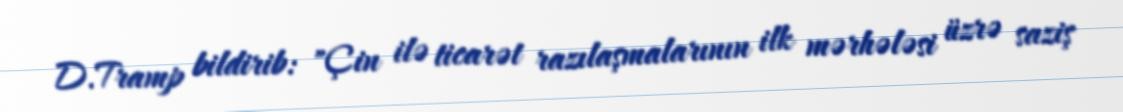
D.Tramp bildirib: "Çin ilə ticarət razılaşmalarının ilk mərhələsi üzrə saziş